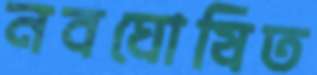
নবঘোষিত